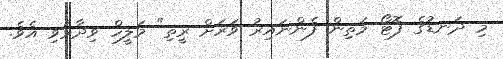
މި ދަނޑުގެ ފޮޓޯ މަތިން ފެންނައިރު ވަރަށް ރީތި" މަލީހް ވިދާޅުވި އެވެ.